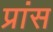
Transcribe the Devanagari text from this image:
प्रांस